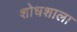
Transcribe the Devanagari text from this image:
शोधशाला